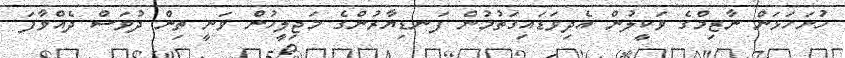
ހުށަހަޅަން ނާޒިމްގެ ވަކީލުން އެދިވަޑައިގަތުމުން ފަނޑިޔާރުންގެ މަޖިލީހުން ވަނީ ތިން ދުވަސް ދެއްވާފަ